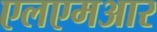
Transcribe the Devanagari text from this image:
एलएमआर